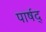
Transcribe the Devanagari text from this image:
पार्षद्